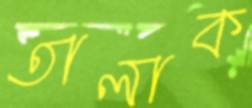
তালাক